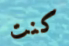
كنت